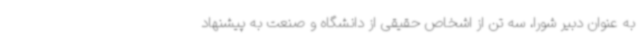
به عنوان دبیر شورا، سه تن از اشخاص حقیقی از دانشگاه و صنعت به پیشنهاد